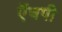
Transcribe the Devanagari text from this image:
ऍचपी